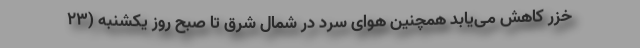
خزر کاهش می‌یابد همچنین هوای سرد در شمال شرق تا صبح روز یکشنبه (۲۳